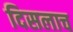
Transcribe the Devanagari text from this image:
दिसलाच